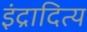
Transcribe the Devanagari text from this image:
इंद्रादित्य